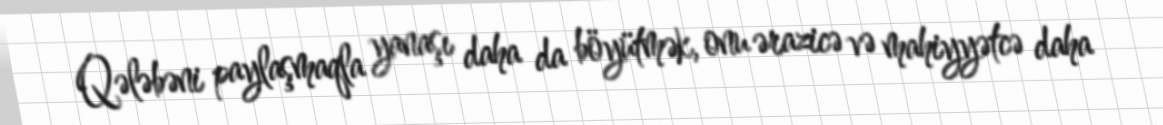
Qələbəni paylaşmaqla yanaşı daha da böyütmək, onu ərazicə və mahiyyətcə daha